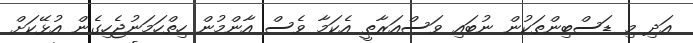
އަދި މި ޑަސްބިންތަކުން ނުބައި ވަސްއަރާތީ އެކަމާ ވެސް އާންމުން ހިތްހަމަނުޖެހިގެން އުޅޭކަށް